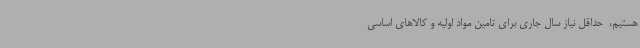
هستیم، ‌ حداقل نیاز سال جاری برای تامین مواد اولیه و کالاهای اساسی